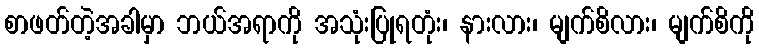
စာဖတ်တဲ့အခါမှာ ဘယ်အရာကို အသုံးပြုရတုံး၊ နားလား၊ မျက်စိလား၊ မျက်စိကို